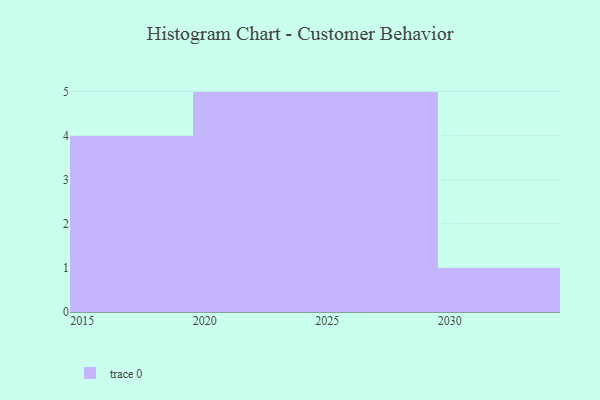
{"axis": {"x": "Year", "y": "Budget (USD K)"}, "legend": [""], "data": [{"x": "2021", "y": 89, "type": ""}, {"x": "2023", "y": 58, "type": ""}, {"x": "2028", "y": 100, "type": ""}, {"x": "2016", "y": 97, "type": ""}, {"x": "2024", "y": 72, "type": ""}, {"x": "2030", "y": 6, "type": ""}, {"x": "2017", "y": 73, "type": ""}, {"x": "2019", "y": 40, "type": ""}, {"x": "2022", "y": 18, "type": ""}, {"x": "2027", "y": 92, "type": ""}, {"x": "2026", "y": 27, "type": ""}, {"x": "2018", "y": 16, "type": ""}, {"x": "2020", "y": 82, "type": ""}, {"x": "2025", "y": 96, "type": ""}, {"x": "2029", "y": 72, "type": ""}]}